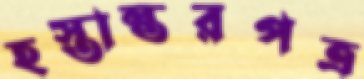
হস্তান্তরপত্র